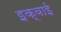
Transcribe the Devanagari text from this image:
इक्वाई